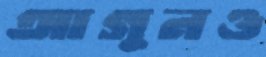
আগুনও